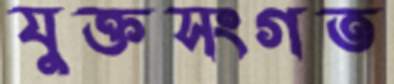
যুক্তসংগত